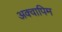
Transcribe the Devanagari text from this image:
अक्वापिम